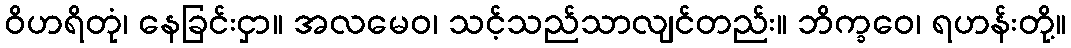
ဝိဟရိတုံ၊ နေခြင်းငှာ။ အလမေဝ၊ သင့်သည်သာလျင်တည်း။ ဘိက္ခဝေ၊ ရဟန်းတို့။